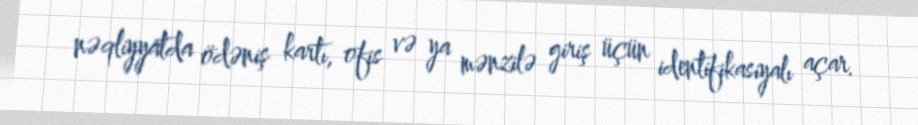
nəqliyyatda ödəniş kartı, ofis və ya mənzilə giriş üçün identifikasiyalı açar.